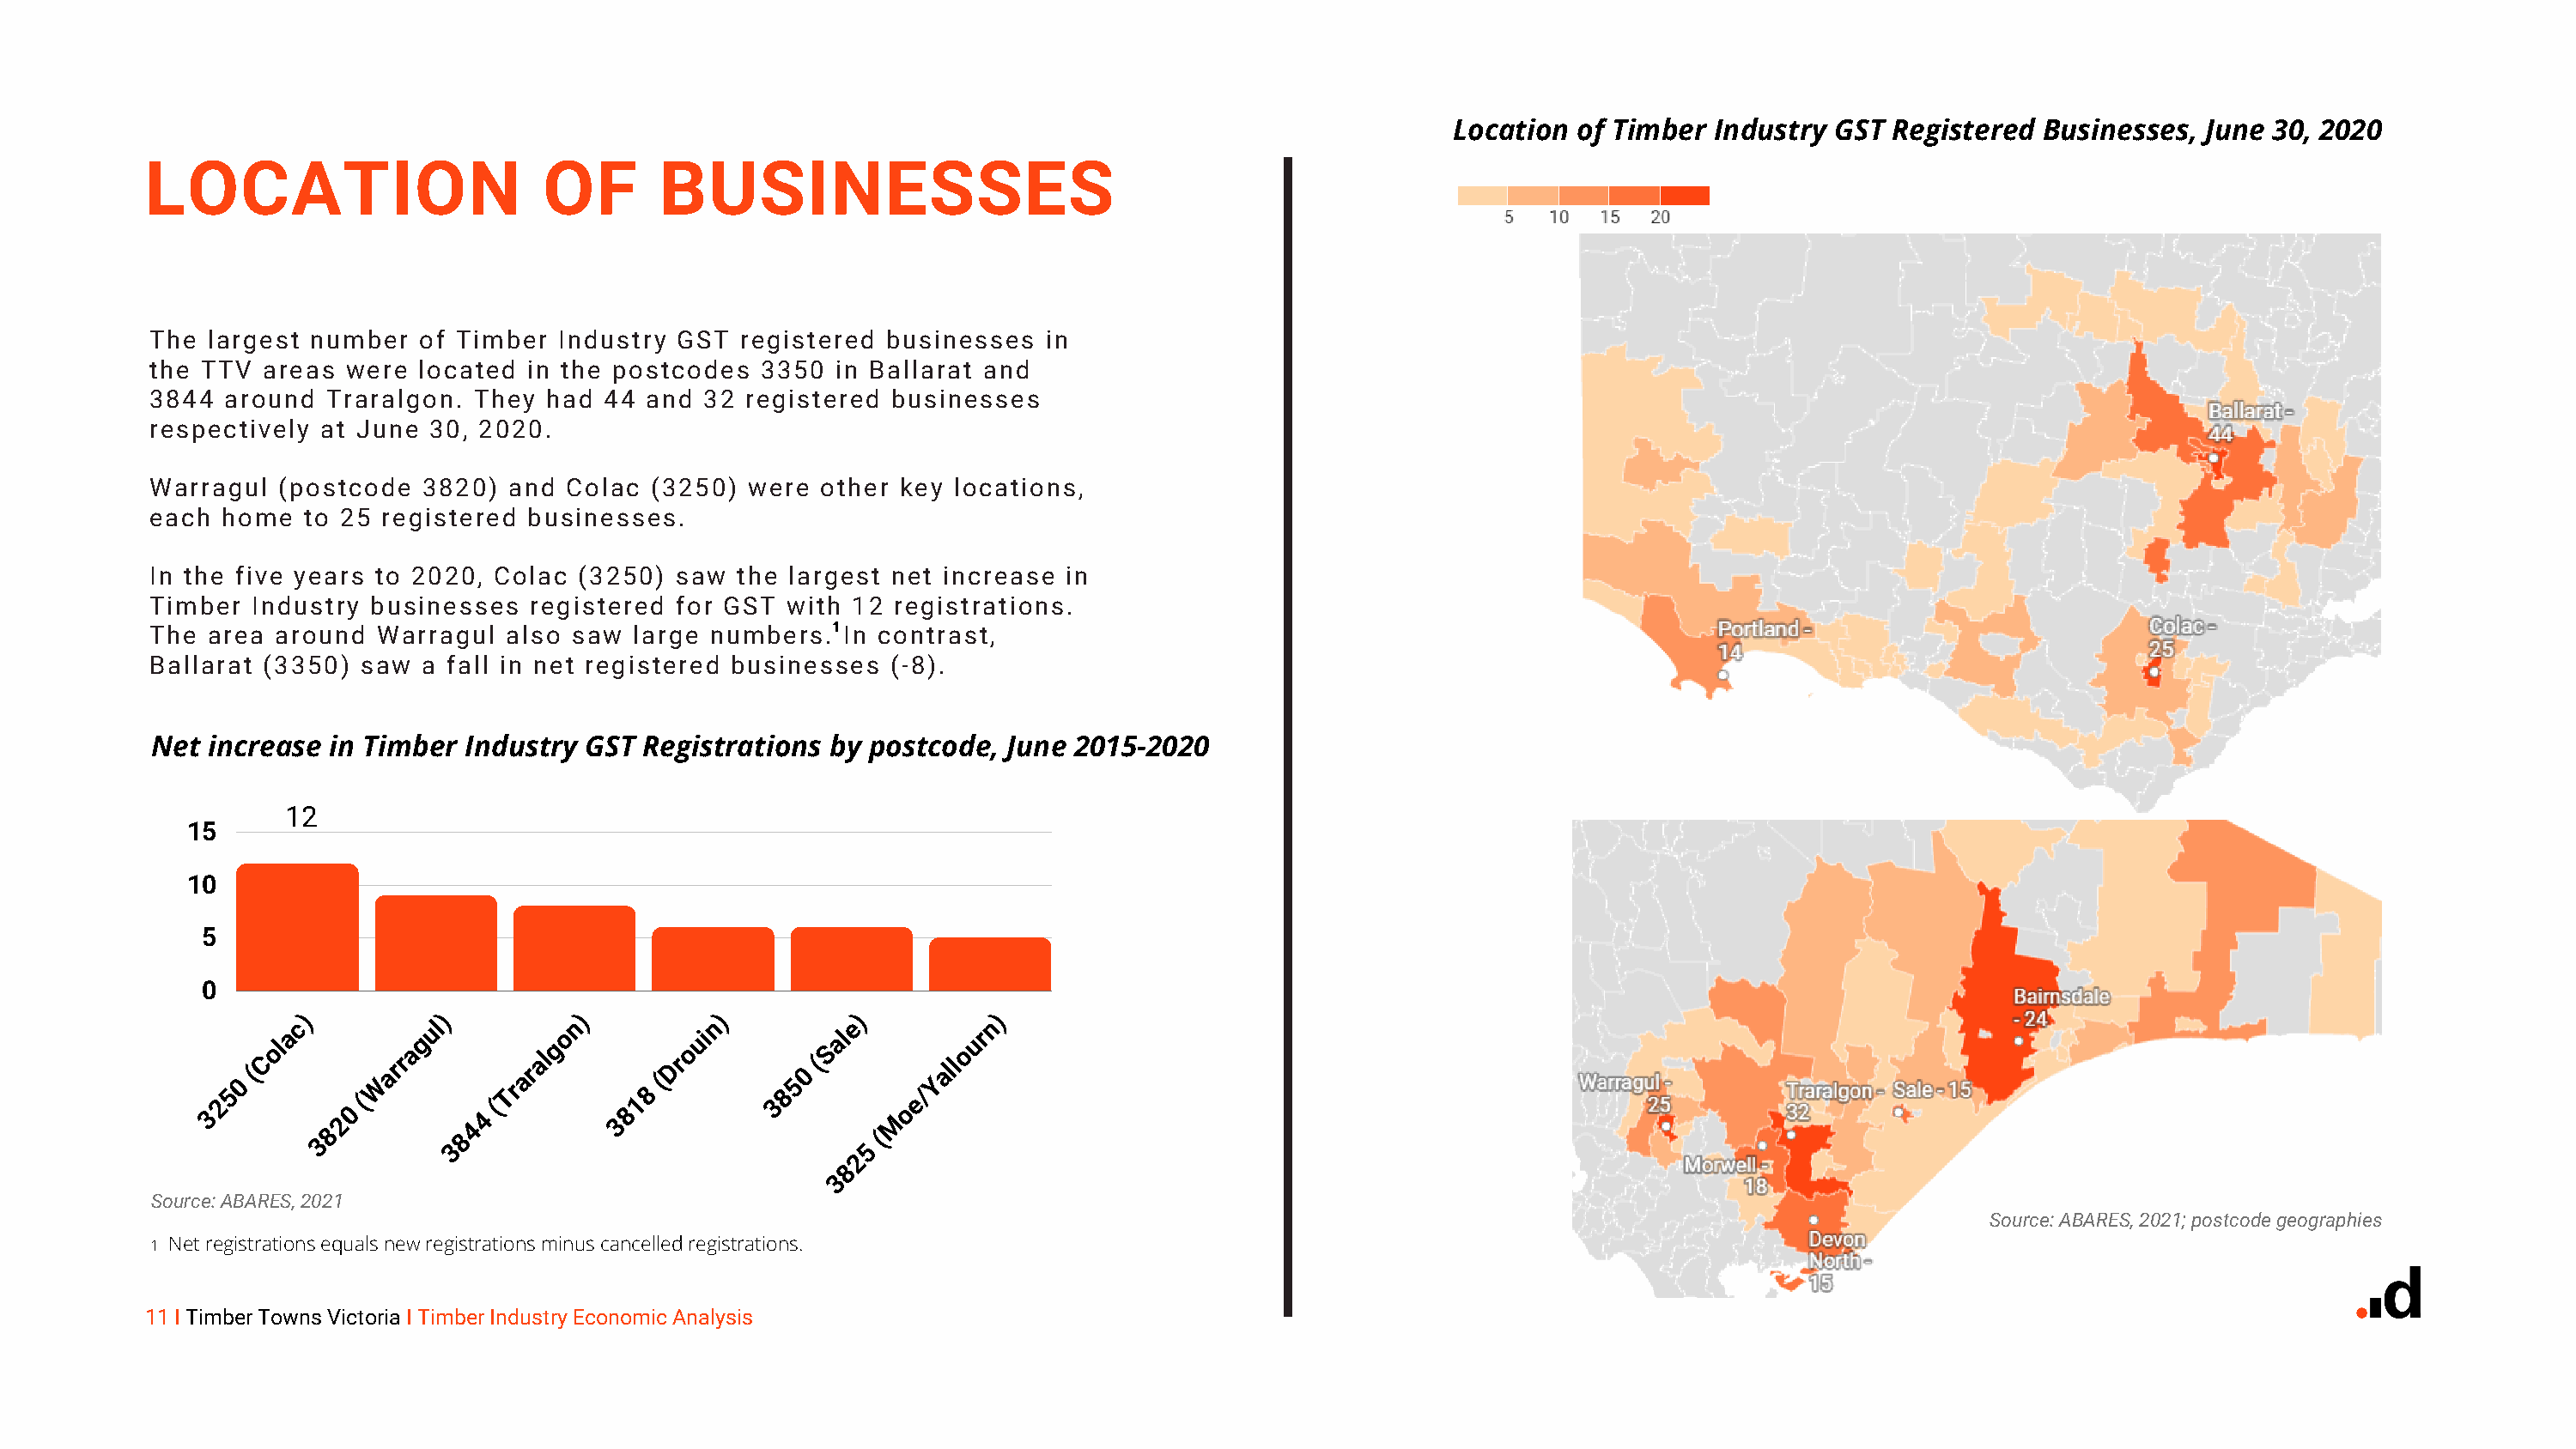
Location  of Timber Industry GST  Registered Businesses,  June 30, 2020
 LOCATION                       OF       BUSINESSES
 The largest number  of Timber  Industry GST  registered businesses   in
 the TTV areas  were located  in the postcodes  3350 in Ballarat and
 3844 around  Traralgon.  They had  44 and 32 registered  businesses
 respectively at June 30, 2020.
 Warragul (postcode   3820) and  Colac (3250)  were other key  locations,
 each home  to 25 registered  businesses.
 In the five years to 2020, Colac (3250) saw  the largest net increase in
 Timber Industry  businesses  registered for GST  with 12 registrations.
 The area around  Warragul  also saw  large numbers.1 In contrast,
 Ballarat (3350) saw  a fall in net registered businesses (-8).
 Net increase in Timber  Industry GST  Registrations by postcode,  June 2015-2020
 12
 15
 10
 5
 0
 )          )          )         )          )          )
 50
 (Colac
 W
 arragul  Traralgon
 8
 (Drouin
 850
 (Sale   /Yallourn
 32      3820 (
 3844
 (        381         3
 5
 (M
 oe
 2
 8
 3
 Source: ABARES, 2021
 Source: ABARES, 2021; postcode geographies
 1 Net registrations equals new registrations minus cancelled registrations.
 11 I Timber Towns Victoria I Timber Industry Economic Analysis